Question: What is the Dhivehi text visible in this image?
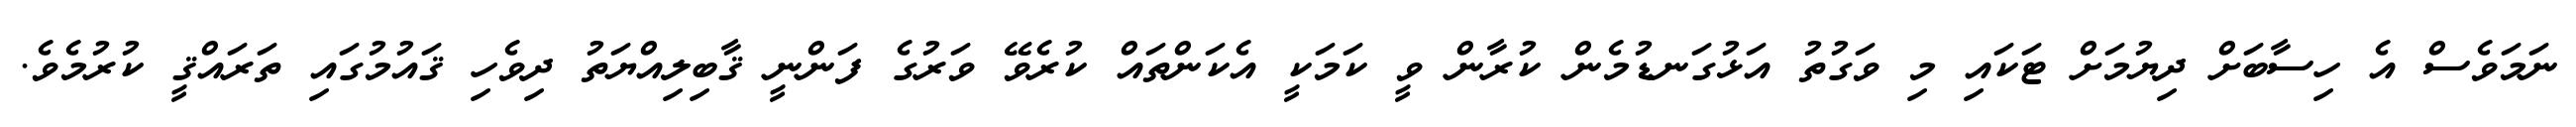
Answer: ނަމަވެސް އެ ހިސާބަށް ދިޔުމަށް ޓަކައި މި ވަގުތު އަޅުގަނޑުމެން ކުރާން ވީ ކަމަކީ އެކަންތައް ކުރެވޭ ވަރުގެ ފަންނީ ޤާބިލިއްޔަތު ދިވެހި ޤައުމުގައި ތަރައްޤީ ކުރުމެވެ.